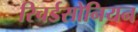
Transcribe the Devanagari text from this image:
रिचर्डसोनियन